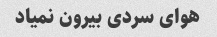
هوای سردی بیرون نمیاد